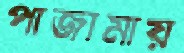
পাজামায়